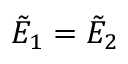
\tilde { E } _ { 1 } = \tilde { E } _ { 2 }